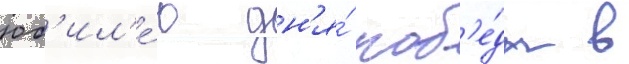
юб'ил'е́ю дн'я́ поб'е́ды в